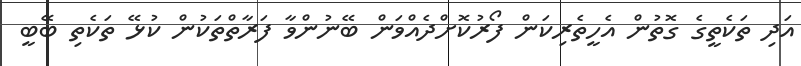
އަދި ތަކެތީގެ ގޮތުން އެހީތެރިކަން ފޯރުކޮށްދެއްވަން ބޭނުންވާ ފަރާތްތަކުން ކުޅޭ ތަކެތި ބޭބީ